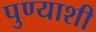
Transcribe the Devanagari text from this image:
पुण्याशी